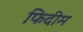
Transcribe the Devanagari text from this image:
फिदीम